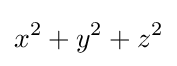
x^{2}+y^{2}+z^{2}